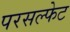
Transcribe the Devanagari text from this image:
परसल्फेट